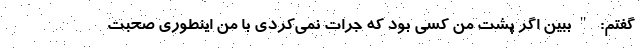
گفتم: "ببین اگر پشت من کسی بود که جرات نمی‌کردی با من اینطوری صحبت